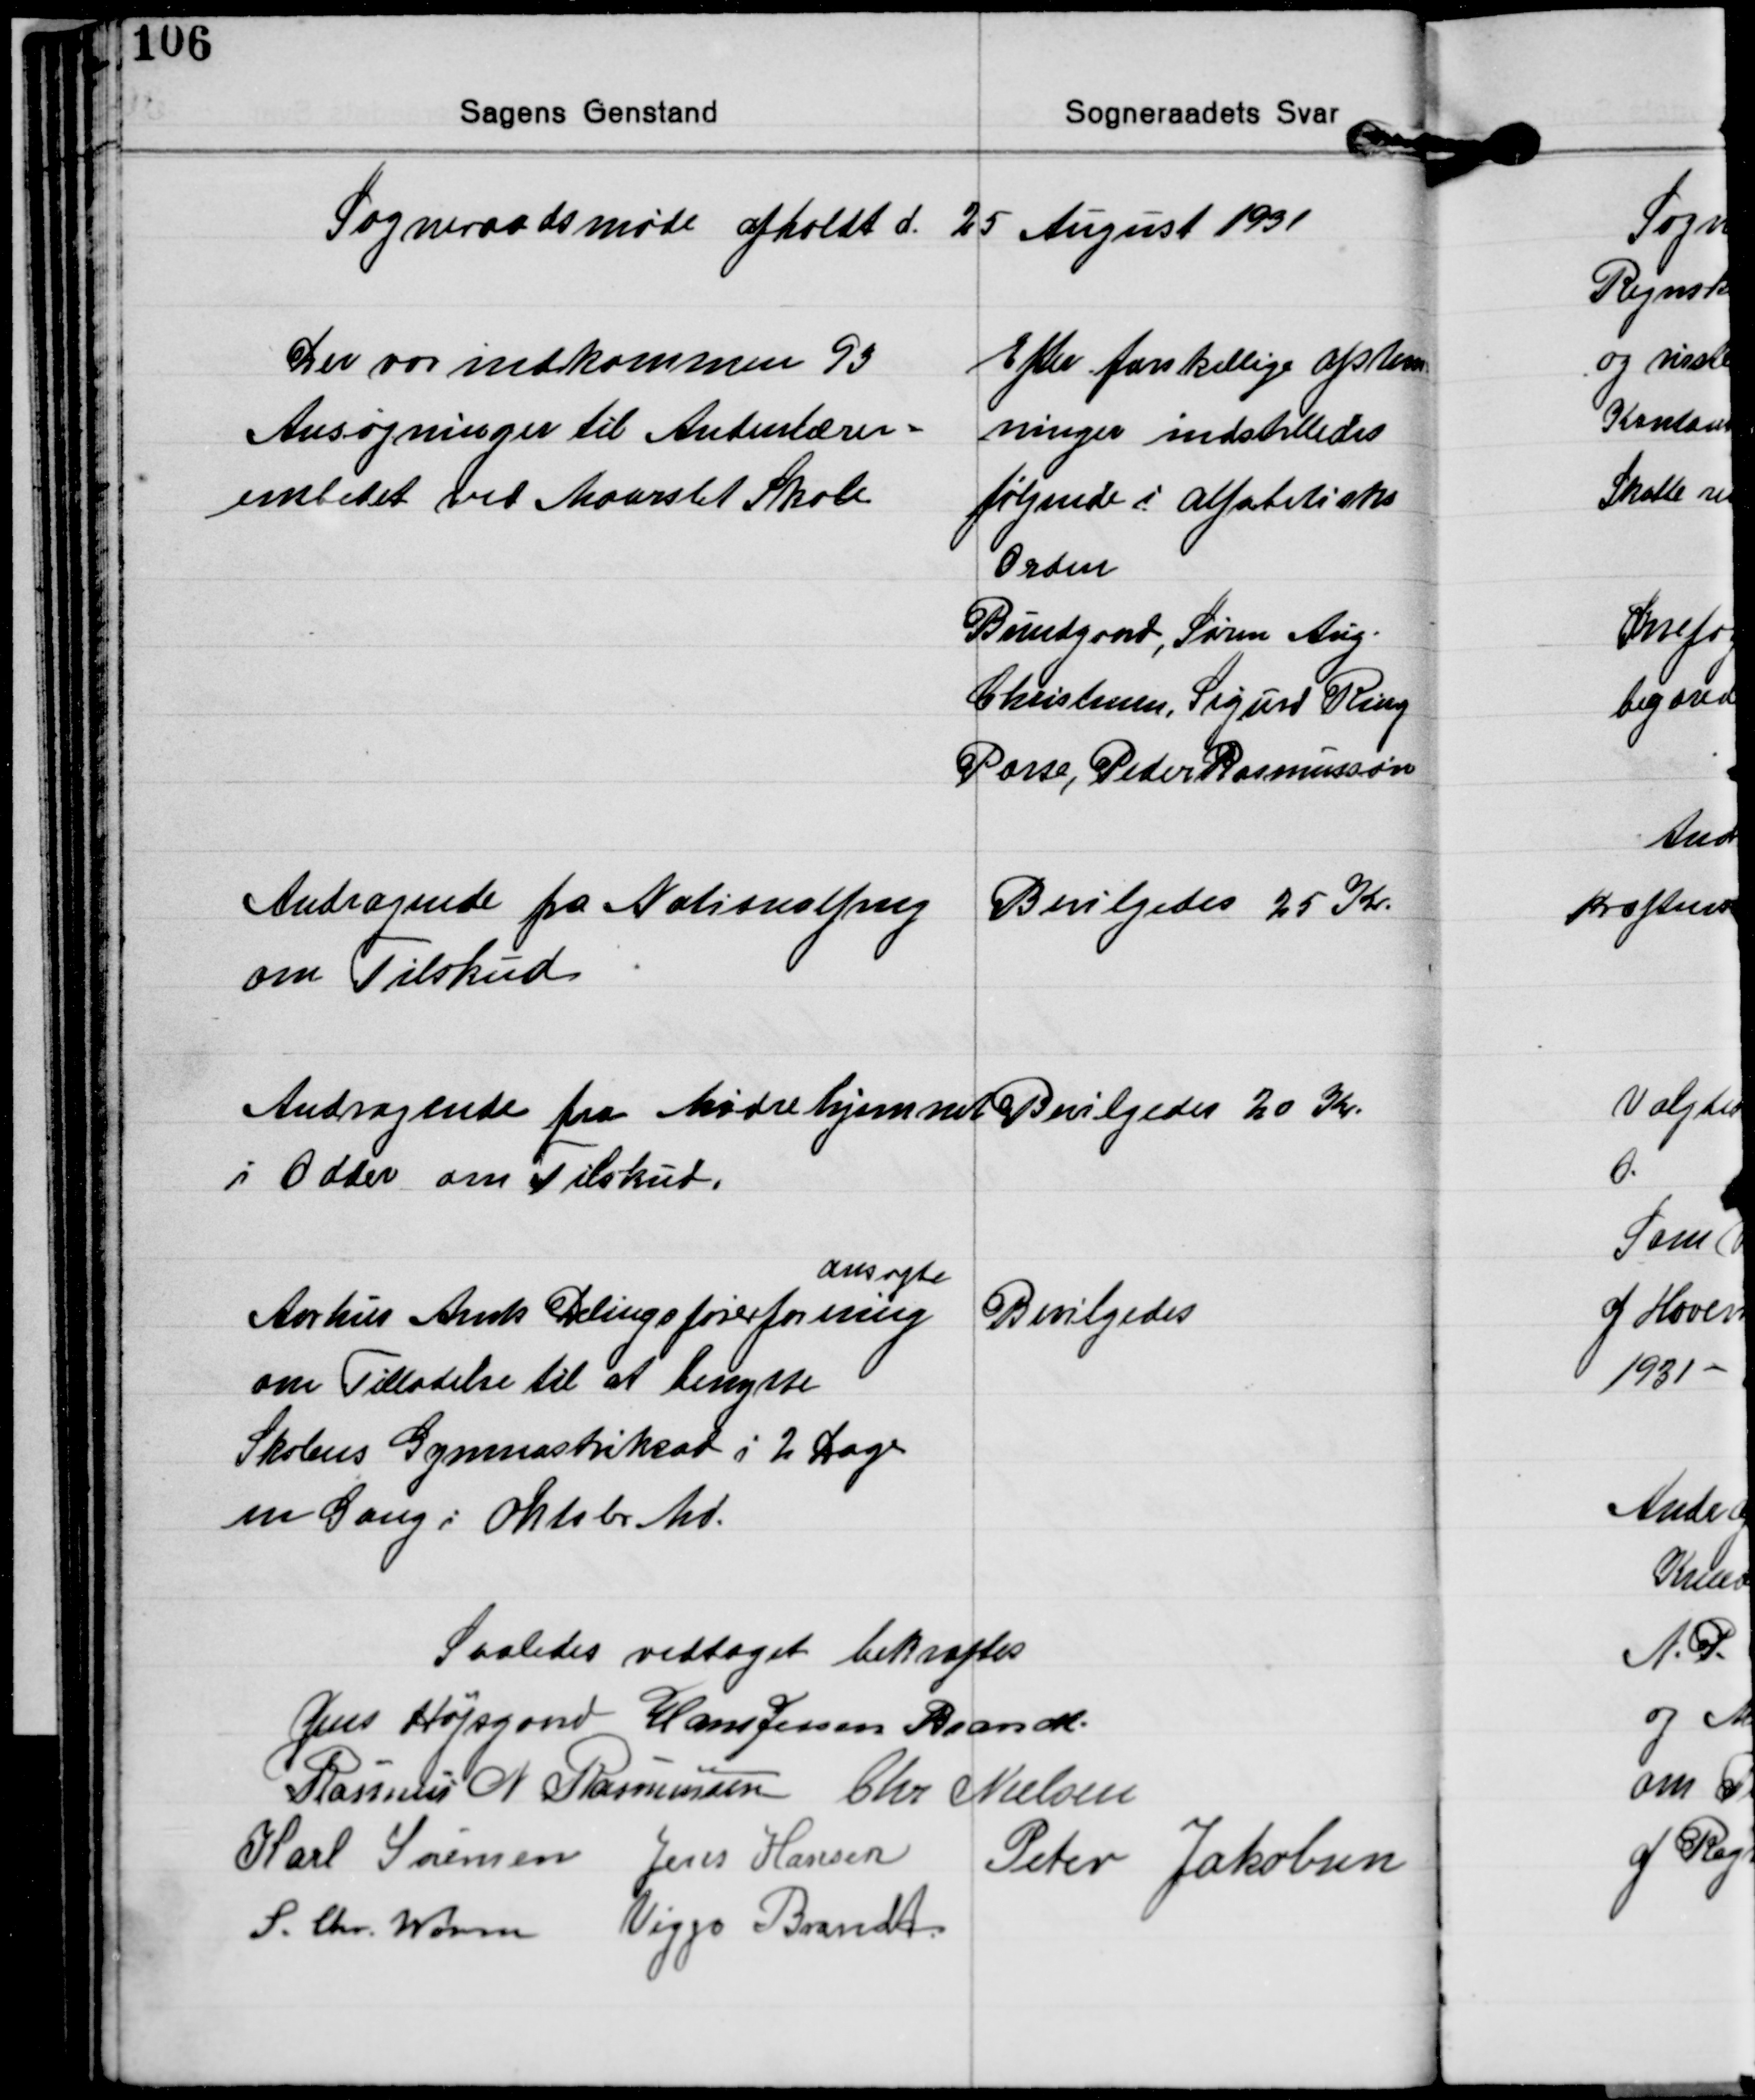
Transskription:
Sogneraadsmøde afholdt d. 25 August 1931

Der var indkommen 93
Ansøgninger til Andenlærer-
embedet ved Maarslet Skole

Efter forskellige afstem-
ninger indstilledes
følgende i Alfabetisks
Orden
Bundgaard, Søren Aug.
Christensen, Sigurd Ring
Parse, Peder Rasmussen

Andragende fra Nationalfrng.
om Tilskud

Bevilgedes 25 Kr

Andragende fra Mødrehjemmet
i Odder om Tilskud.

Bevilgedes 20 Kr

ansøgte
Aarhus Amts Delingsførerforening
om Tilladelse til at benytte
Skolens Gymnastriksal i 2 Dage
en Gang i Oktober Md.

Bevilgedes

Saaledes vedtaget bekræftes
Jens Højsgaard Hans Jessen Brandt
Rasmus N. Rasmussen Chr. Nielsen
Karl Sørensen Jens Hansen
Peter Jakobsen
S. Chr. Worm Viggo Brandt